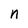
Character: n